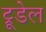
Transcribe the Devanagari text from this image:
ट्रूडेल